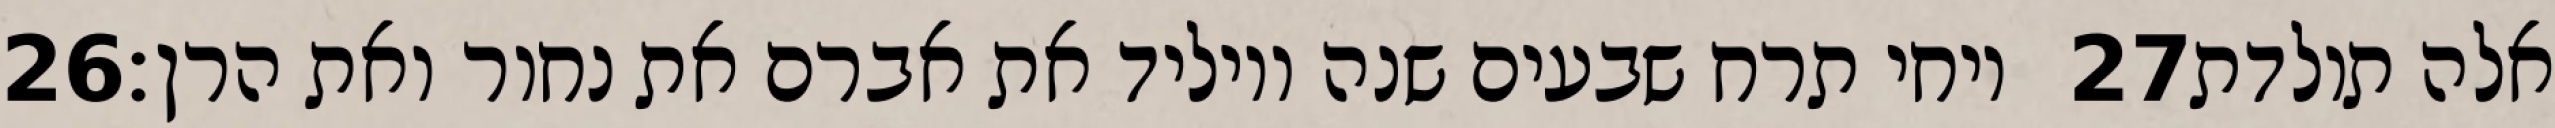
‎26‏ ויחי תרח שבעים שנה ויוליד את אברם את נחור ואת הרן׃ ‎27‏ אלה תולדת